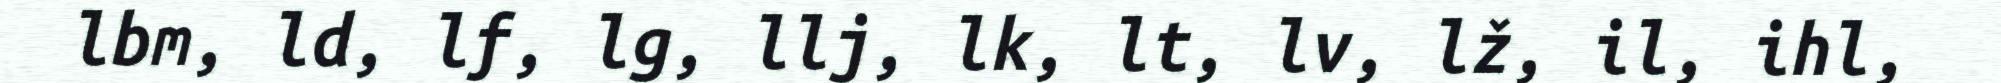
lbm, ld, lf, lg, llj, lk, lt, lv, lž, il, ihl,